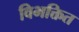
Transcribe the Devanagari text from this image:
विभक्तित